King Institute of Preventive Medicine Bacteriolog. Section reports 1907-08
Year: 1907
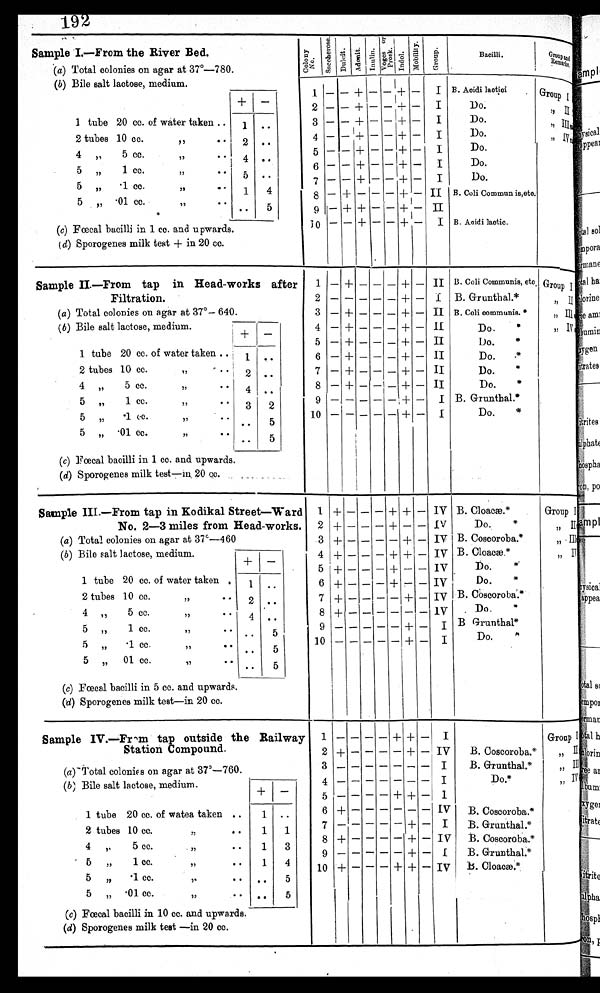
.
192
Sample I.
—
From the River Bed.
(a) Total colonies on agar at 37°— 780.
(b) Bile salt lactose, medium.
+ -
1 tube 20 cc. of water taken ..
1 ..
•
2 tubes 10 cc.
2 ..
,,
4 ,,
5 cc.
,, •
• 4 ..
5 „
1 c c . • • 5
5 „
• 1 cc.
,, ..
1
4
5 ,,.01 cc.
,, •
•
..
(c) Fœcal bacilli in 1 cc. and upwards.
(d) Sporogenes milk test + in 20 cc.
C o l o n y N o .
S a c c h e r o s e . D u l c i t . A d o n i t .
I n u l i n .
V o g e s o r P r o s k .
I n d o l .
M o b i l i t y .
G r o u p .
B a c i l l i . .
G r o u p a n d R e m a r k s .
- - - - - - -
-
-
-
I
I
I
I
I
I
II
II
I
B. Acidi lactici
Do.
Do.
1)o.
Do.
Do.
Do.
B. Coll Commun is,etc.
B. Acidi lactic.
1
2
3
4
5
6
7
8
9
10
-
-
-
-
-
-
-
-
-
-
-
-
-
-
-
-
-
+
+
-
+
+ + + + + + - + + +
-
-
-
-
-
-
-
-
-
-
-
-
-
-
-
-
-
-
-
+ + + + + + + + + +
Group I , , I I
, , I I I
, , I V
Sample II.
—
From tap in Head-works after
Filtration.
(a) Total colonies on agar at 37°— 640.
(b) Bile salt lactose, medium
+ -
1 tube 20 cc. of water taken .. j 1. •
2 tubes 10 cc.
II
2 ..
4 „
5 cc.
,,
•4 ..
5 „
1 cc.
,,
.. 3 2
5 „
•1 cc.
,, • • •
5
5 „ 01 cc.
,, • • • • 5
(c) Fœcal bacilli in 1 cc. and upwards.
(d) Sporogenes milk test-in 20 cc.
,, . ,
r
1
2
3
4
5
7
8
9
10
-
-
-
-
-
- _
-
-
-
+
-
+
+
+
+ +
+
-
,
-
-
-
-
-
- _
-
-
-
-
-
-
-
-
-
-
-
-
-
-
-
-
-
-
- _
-
-
-
+
+
+
+
+
+
+
+
+
+
-
-
-
-
-
-
_
-
-
-
II
I
Ii
II
II
II
II
II
I
I
B. Coli Commun is, etc.
B. Grunthal.*
B. Coil commune. *
Do.
*
Do.
*
Do.
.*
Do.
*
Do.
*
B. Gruntbal.*
Do.
Group I
, , I I
, , I I I
, , I V
Sample III.
—
From tap in Kodikal Street-Ward
No. 2-3 miles from Head-works.
(a) Total colonies on agar at 37`— 460
(b) Bile salt lactose, medium
+ -
1 tube 20 cc. of water taken . 1 ..
2 tubes 10 cc.
,,
2 ..
4 ,
5 c c .
, ,
• •
4 . .
5 „
1 cc.
,,
5
• •
5 „
• 1 cc.
" • • • • 5
01 cc.
I)
Il
• •
..
5
(c) Fœcal bacilli in 5 cc. and upwards.
(d) Sporogenes milk test-in 20 cc.
1
2
3
4
5
6
7
8
9
10
+
+
+
+
+
+
+
+
_
-
- - - - - - - -
-
- - - - - - - - - -
-
- - - - - - - - -
+
+
-
+
+
+
- - - -
+
-
+
+
-
-
+ - + +
- - - - - -
-
-
-
I V
I V
I V
I V
I V
I V
I V
I V
I I
B. Cloacæ.*
Do.
'"
B. Coscoroba.*
B.
Cloacæ.*
Do.
*
Do.
*
B. Coscoroba.*
Do.
*
B Grunthal*
Do.
*
Group I , , I I
, , I I I
, , I V
Sample IV. From tap outside the Railway
Station Compound.
(a) - Total colonies on agar at 37°— 760.
(b) Bile salt lactose, medium.
•
+ -
1 tube 20 cc. of watea taken ..
1 ..
2 tubes 10 cc.
„
• •
1 1
4 ,,
5 cc.
,,
• •
1
3
5 „
1 cc.
,,
• •
1 4
5 „ -1 cc.
,.
• • .. 5
5 „ • 01 cc.
I,
• • • • 5
(c) Fœcal bacilli in 10 cc. and upwards.
(d) Sporogenes milk test -in 20 cc.
1
2
3
4
5
6
7
8
9
10
-
+
-
-
-
+ -
+
-
+
-
-
-
-
-
-
-
-
-
-
-
-
-
-
-
-
-
-
-
-
-
-
-
-
-
-
-
-
-
-
+
-
-
-
+
-
-
-
-
+
+
+
-
-
+
-
+
+
+
+
-
-
-
-
-1
-
-
-
-
-
I
IV
I
I
1
Iv
I
IV
I
IV
B. Coscoroba.*
B. Grunthal.*
Do.*
B. Coscoroba.*
B. Grunthal.*
B. Coscoroba.*
B. Grunthal.*
B.
Cloacæ.*
Group I , , I I
, , I I I
, , I V
•